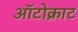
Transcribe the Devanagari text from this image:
ऑटोक्राट